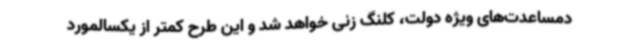
دمساعدت‌های ویژه دولت، کلنگ زنی خواهد شد و این طرح کمتر از یکسالمورد